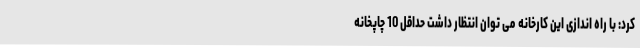
کرد: با راه اندازی این کارخانه می توان انتظار داشت حداقل 10 چاپخانه